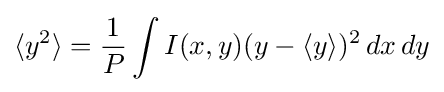
\langle y^{2}\rangle ={\frac {1}{P}}\int I(x,y)(y-\langle y\rangle )^{2}\,dx\,dy